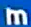
m